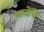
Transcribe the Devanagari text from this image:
भावेंचि